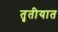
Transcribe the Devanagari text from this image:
तृतीयात